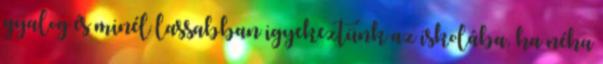
gyalog és minél lassabban igyekeztünk az iskolába, ha néha